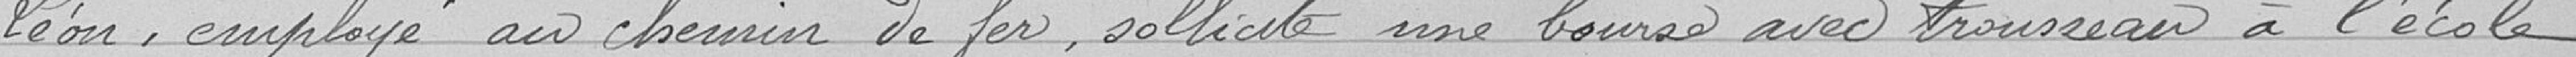
Léon, employé au chemin de fer, sollicite une bourse avec trousseau à l'école